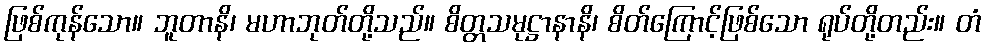
ဖြစ်ကုန်သော။ ဘူတာနိ၊ မဟာဘုတ်တို့သည်။ စိတ္တသမုဋ္ဌာနာနိ၊ စိတ်ကြောင့်ဖြစ်သော ရုပ်တို့တည်း။ တံ